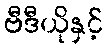
ဗီဒီယိုနှင့်